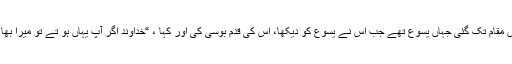
32 مریم اس مقام تک گئی جہاں یسوع تھے جب اس نے یسوع کو دیکھا، اس کی قدم بوسی کی اور کہا ، “خداوند اگر آپ یہاں ہو تے تو میرا بھا ئی نہ مرتا۔